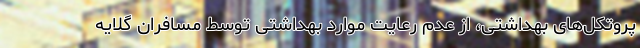
پروتکل‌های بهداشتی، از عدم رعایت موارد بهداشتی توسط مسافران گلایه